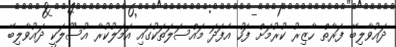
ދައުވާލިބޭ ފަރާތް ހާޒިރު ކުރުމަށް ފަހު އެފަދަ މައްސަލަތަކުގައި އަމަލުކުރާ އުސޫލަކީ ދައުވާލިބޭ